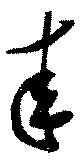
来